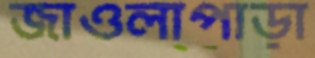
জাওলাপাড়া